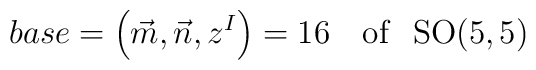
base=\left( \vec{m},\vec{n},z^I\right) =16{\rm \ \ {\ of }\ \ SO(5,5)}